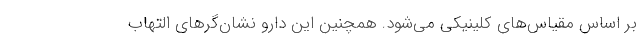
بر اساس مقیاس‌های کلینیکی می‌شود. همچنین این دارو نشان‌گرهای التهاب